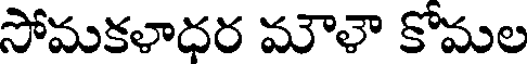
సోమకళాధర మౌళౌ కోమల